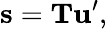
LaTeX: \mathbf{s}=\mathbf{T}\mathbf{u}^{\prime},